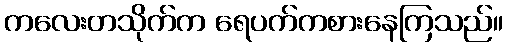
ကလေးတသိုက်က ရေပက်ကစားနေကြသည်။